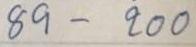
89 - 200